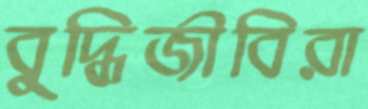
বুদ্ধিজীবিরা